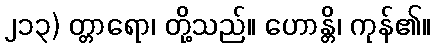
၂၁၃) တ္တာရော၊ တို့သည်။ ဟောန္တိ၊ ကုန်၏။